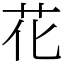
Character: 花